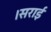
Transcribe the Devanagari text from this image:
।सराई